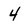
Character: 4